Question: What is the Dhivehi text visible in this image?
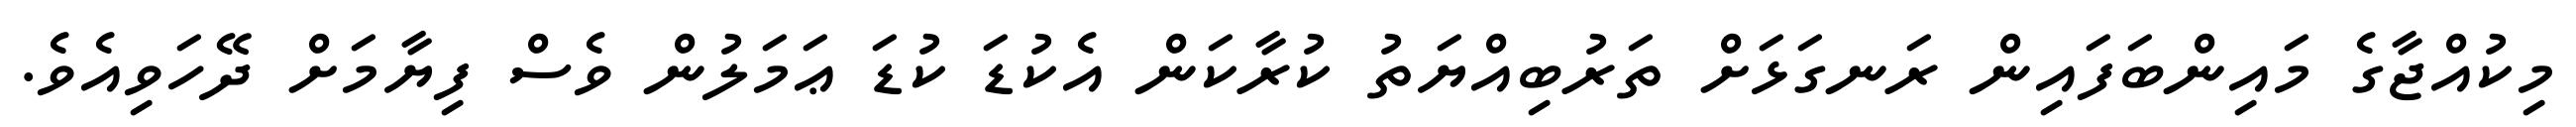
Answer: މިކުއްޖާގެ މައިންބަފައިން ރަނގަޅަށް ތަރުބިއްޔަތު ކުރާކަން އެކުޑަ ކުޑަ ޢަމަލުން ވެސް ފިޔާމަށް ދޭހަވިއެވެ.